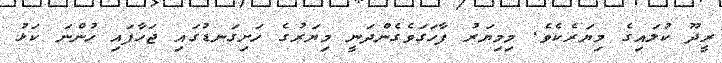
ރީދޫ ކުލައިގެ މިޔަރެކެވެ. މިމިޔަރު ފާހަގަވެގެންދަނީ މިޔަރުގެ ހަށިގަނޑުގައި ޖަހާފައި ހުންނަ ކަޅު